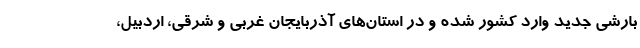
بارشی جدید وارد کشور شده و در استان‌های آذربایجان غربی و شرقی، اردبیل،